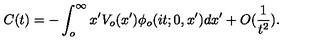
C ( t ) = - \int _ { o } ^ { \infty } x ^ { \prime } V _ { o } ( x ^ { \prime } ) \phi _ { o } ( i t ; 0 , x ^ { \prime } ) d x ^ { \prime } + O ( \frac { 1 } { t ^ { 2 } } ) .